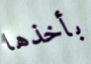
بأخذها